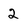
Character: 2